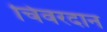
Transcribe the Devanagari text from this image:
चिवरदान